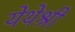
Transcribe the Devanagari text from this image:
येथेश्री